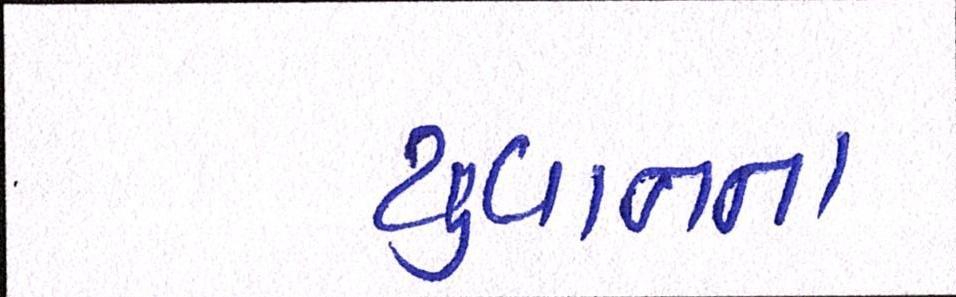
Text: યુવાનના